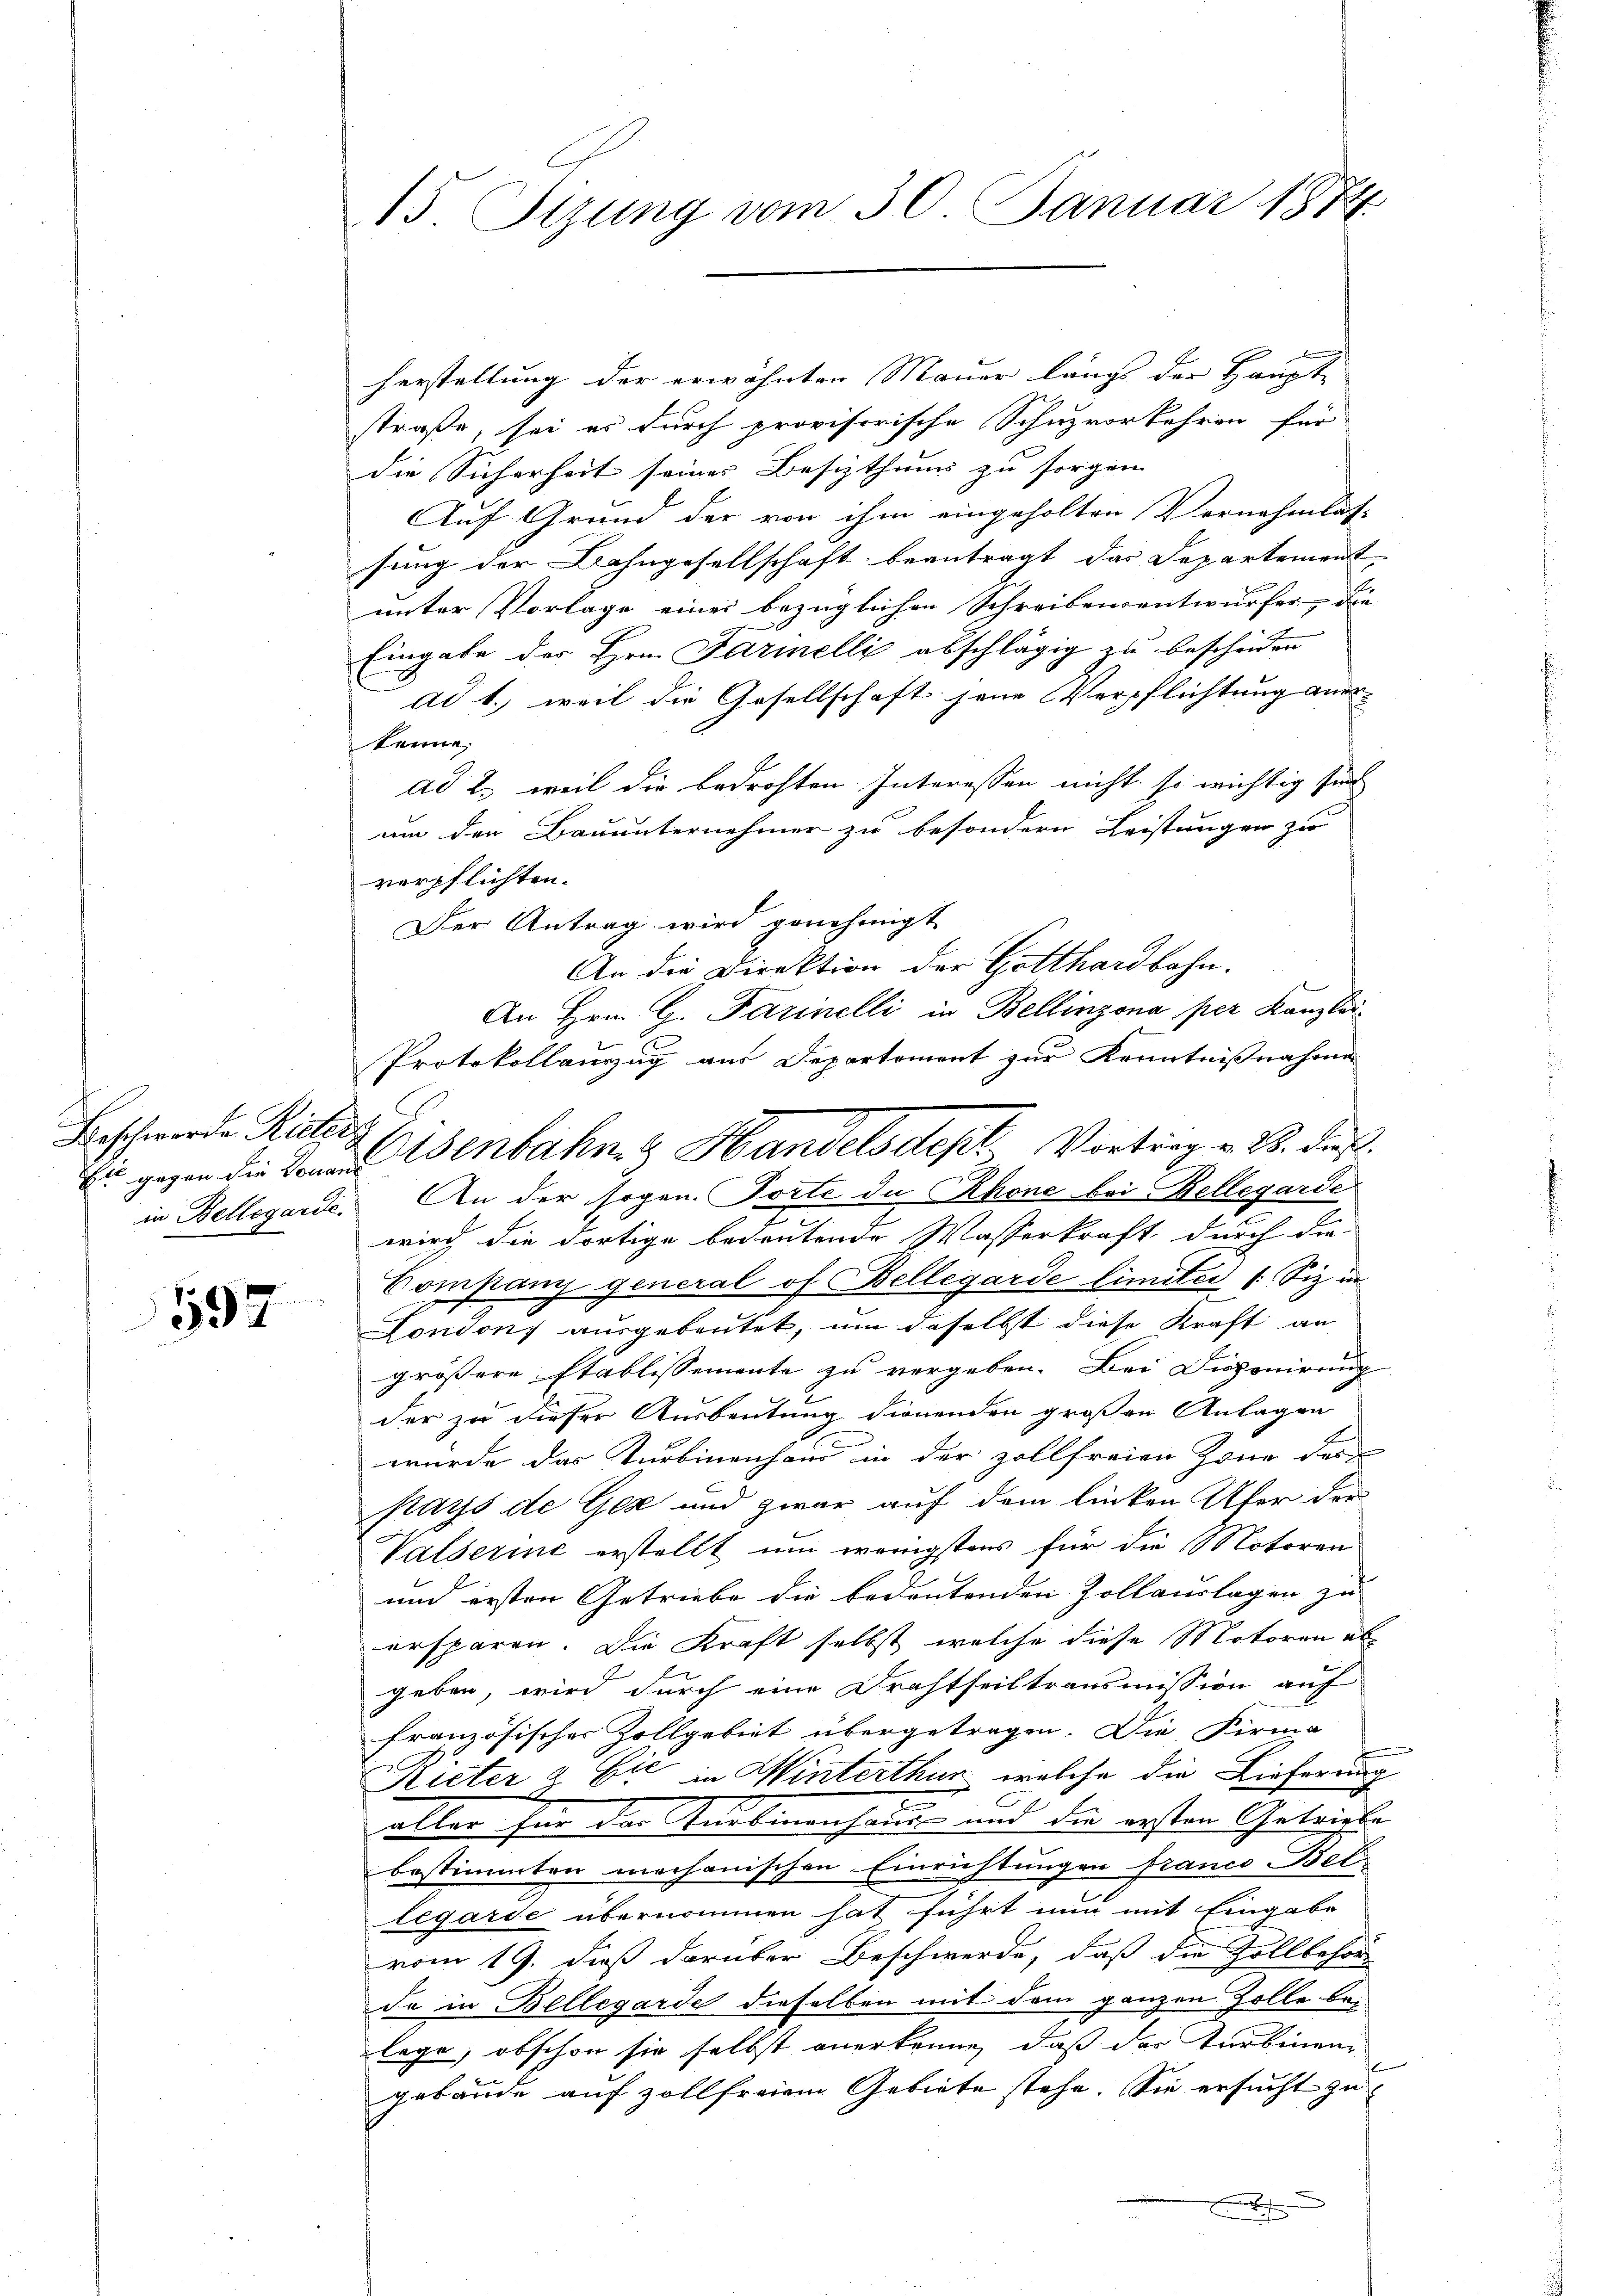
Beschwerde Rietic

592

15 Sizung vom 30. Januar 1874.

herstellung der erwähnten Mauer längs der Haupt-
straße, sei es durch provisorische Schuzvorkehren für
die Sicherheit seines Besizthums zu sorgen.
Auf Grund der von ihm eingeholten Vernehmlas-
sung der Bahngesellschaft beantragt das Departement
unter Vorlage einer bezüglichen Schreibensentwurfes, die
Eingabe des Hrn. Farinelli abschlägig zu bescheiden
ad 1., weil die Gesellschaft jene Verpflichtung aner
kenne.
ad 2. weil die bedrohten Interessen nicht so wichtig sich
um den Bauunternehmer zu besondern Leistungen zu
verpflichten.
Der Antrag wird genehmigt
An die Direktion der Gotthardbahn.
An Hrn. G. Farinelli in Bellinzona per Kanzlei
in Bellegarde. An der sogen. Torte de Rhone bei Bellegarde
wird die dortige bedeutende Wasserkraft, durch die
Company general of Bellegarde limiter /: Siz in
London ausgebautet, um daselbst diese Kraft an
größere Etablissemente zu vergeben. Bei Disponirung
der zu dieser Ausbeutung dienenden großen Anlagen
würde das Kurbinenhand in der zollfreien Zone der |
Pays de Gex und zwar auf dem linken Ufer der
Valserine erstellt um wenigstens für die Motoren
und ersten Getriebe die bedeutenden Zollauslagen zu
ersparen. Die Kraft selbst welche diese Motoren abgeben, wird durch eine Drahtheiltransmission auf
französischer Zollgebiet übergetragen. Die Firma
Rieter & Cie in Winterthur, welche die Lieferung
aller für die Taubenhaus und die ersten Getriebe
bestimmten mechanischen Einrichtungen franco Bel
legarde übernommen hat führt nun mit Eingabe
vom 19. dieß darüber Beschwerde, daß die Zollbehör
da in Bellegarde dieselben mit dem ganzen Zolle belege, obschon sie selbst anerkenne, daß des Turbinen
gebäude auf zollfreien Gebiete stehe. Sie ersucht zu
h

Protokollauszug aus Departement zur Kenntnissnahme
enbahn. Handelsdept Vortrag v. M. dies